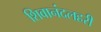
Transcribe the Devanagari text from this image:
शिवानंदलहरी